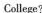
College?